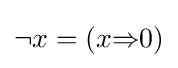
\neg x=(x{\mathbin {\Rightarrow }}0)